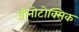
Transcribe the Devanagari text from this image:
जीनोटोक्सिक